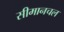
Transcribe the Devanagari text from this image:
सीमानचल